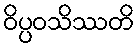
ဝိပ္ပဝသိဿတိ